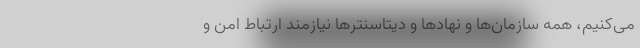
می‌کنیم، همه سازمان‌ها و نهادها و دیتاسنترها نیازمند ارتباط امن و